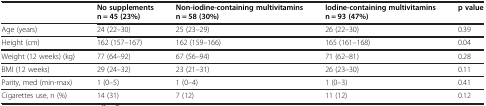
<table><thead><tr><td><b> </b></td><td><b>No supplements n = 45 (23%)</b></td><td><b>Non-iodine-containing multivitamins n = 58 (30%)</b></td><td><b>Iodine-containing multivitamins n = 93 (47%)</b></td><td><b>p value</b></td></tr></thead><tbody><tr><td>Age (years)</td><td>24 (22–30)</td><td>25 (23–29)</td><td>26 (22–30)</td><td>0.39</td></tr><tr><td>Height (cm)</td><td>162 (157–167)</td><td>162 (159–166)</td><td>165 (161–168)</td><td>0.04</td></tr><tr><td>Weight (12 weeks) (kg)</td><td>77 (64–92)</td><td>67 (56–94)</td><td>71 (62–81)</td><td>0.28</td></tr><tr><td>BMI (12 weeks)</td><td>29 (24–32)</td><td>23 (21–31)</td><td>26 (23–30)</td><td>0.11</td></tr><tr><td>Parity, med (min-max)</td><td>1 (0–5)</td><td>1 (0–4)</td><td>1 (0–3)</td><td>0.41</td></tr><tr><td>Cigarettes use, n (%)</td><td>14 (31)</td><td>7 (12)</td><td>11 (12)</td><td>0.12</td></tr></tbody></table>